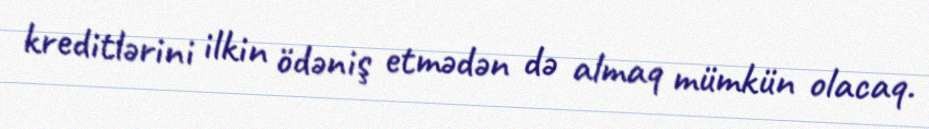
kreditlərini ilkin ödəniş etmədən də almaq mümkün olacaq.